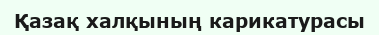
Қазақ халқының карикатурасы